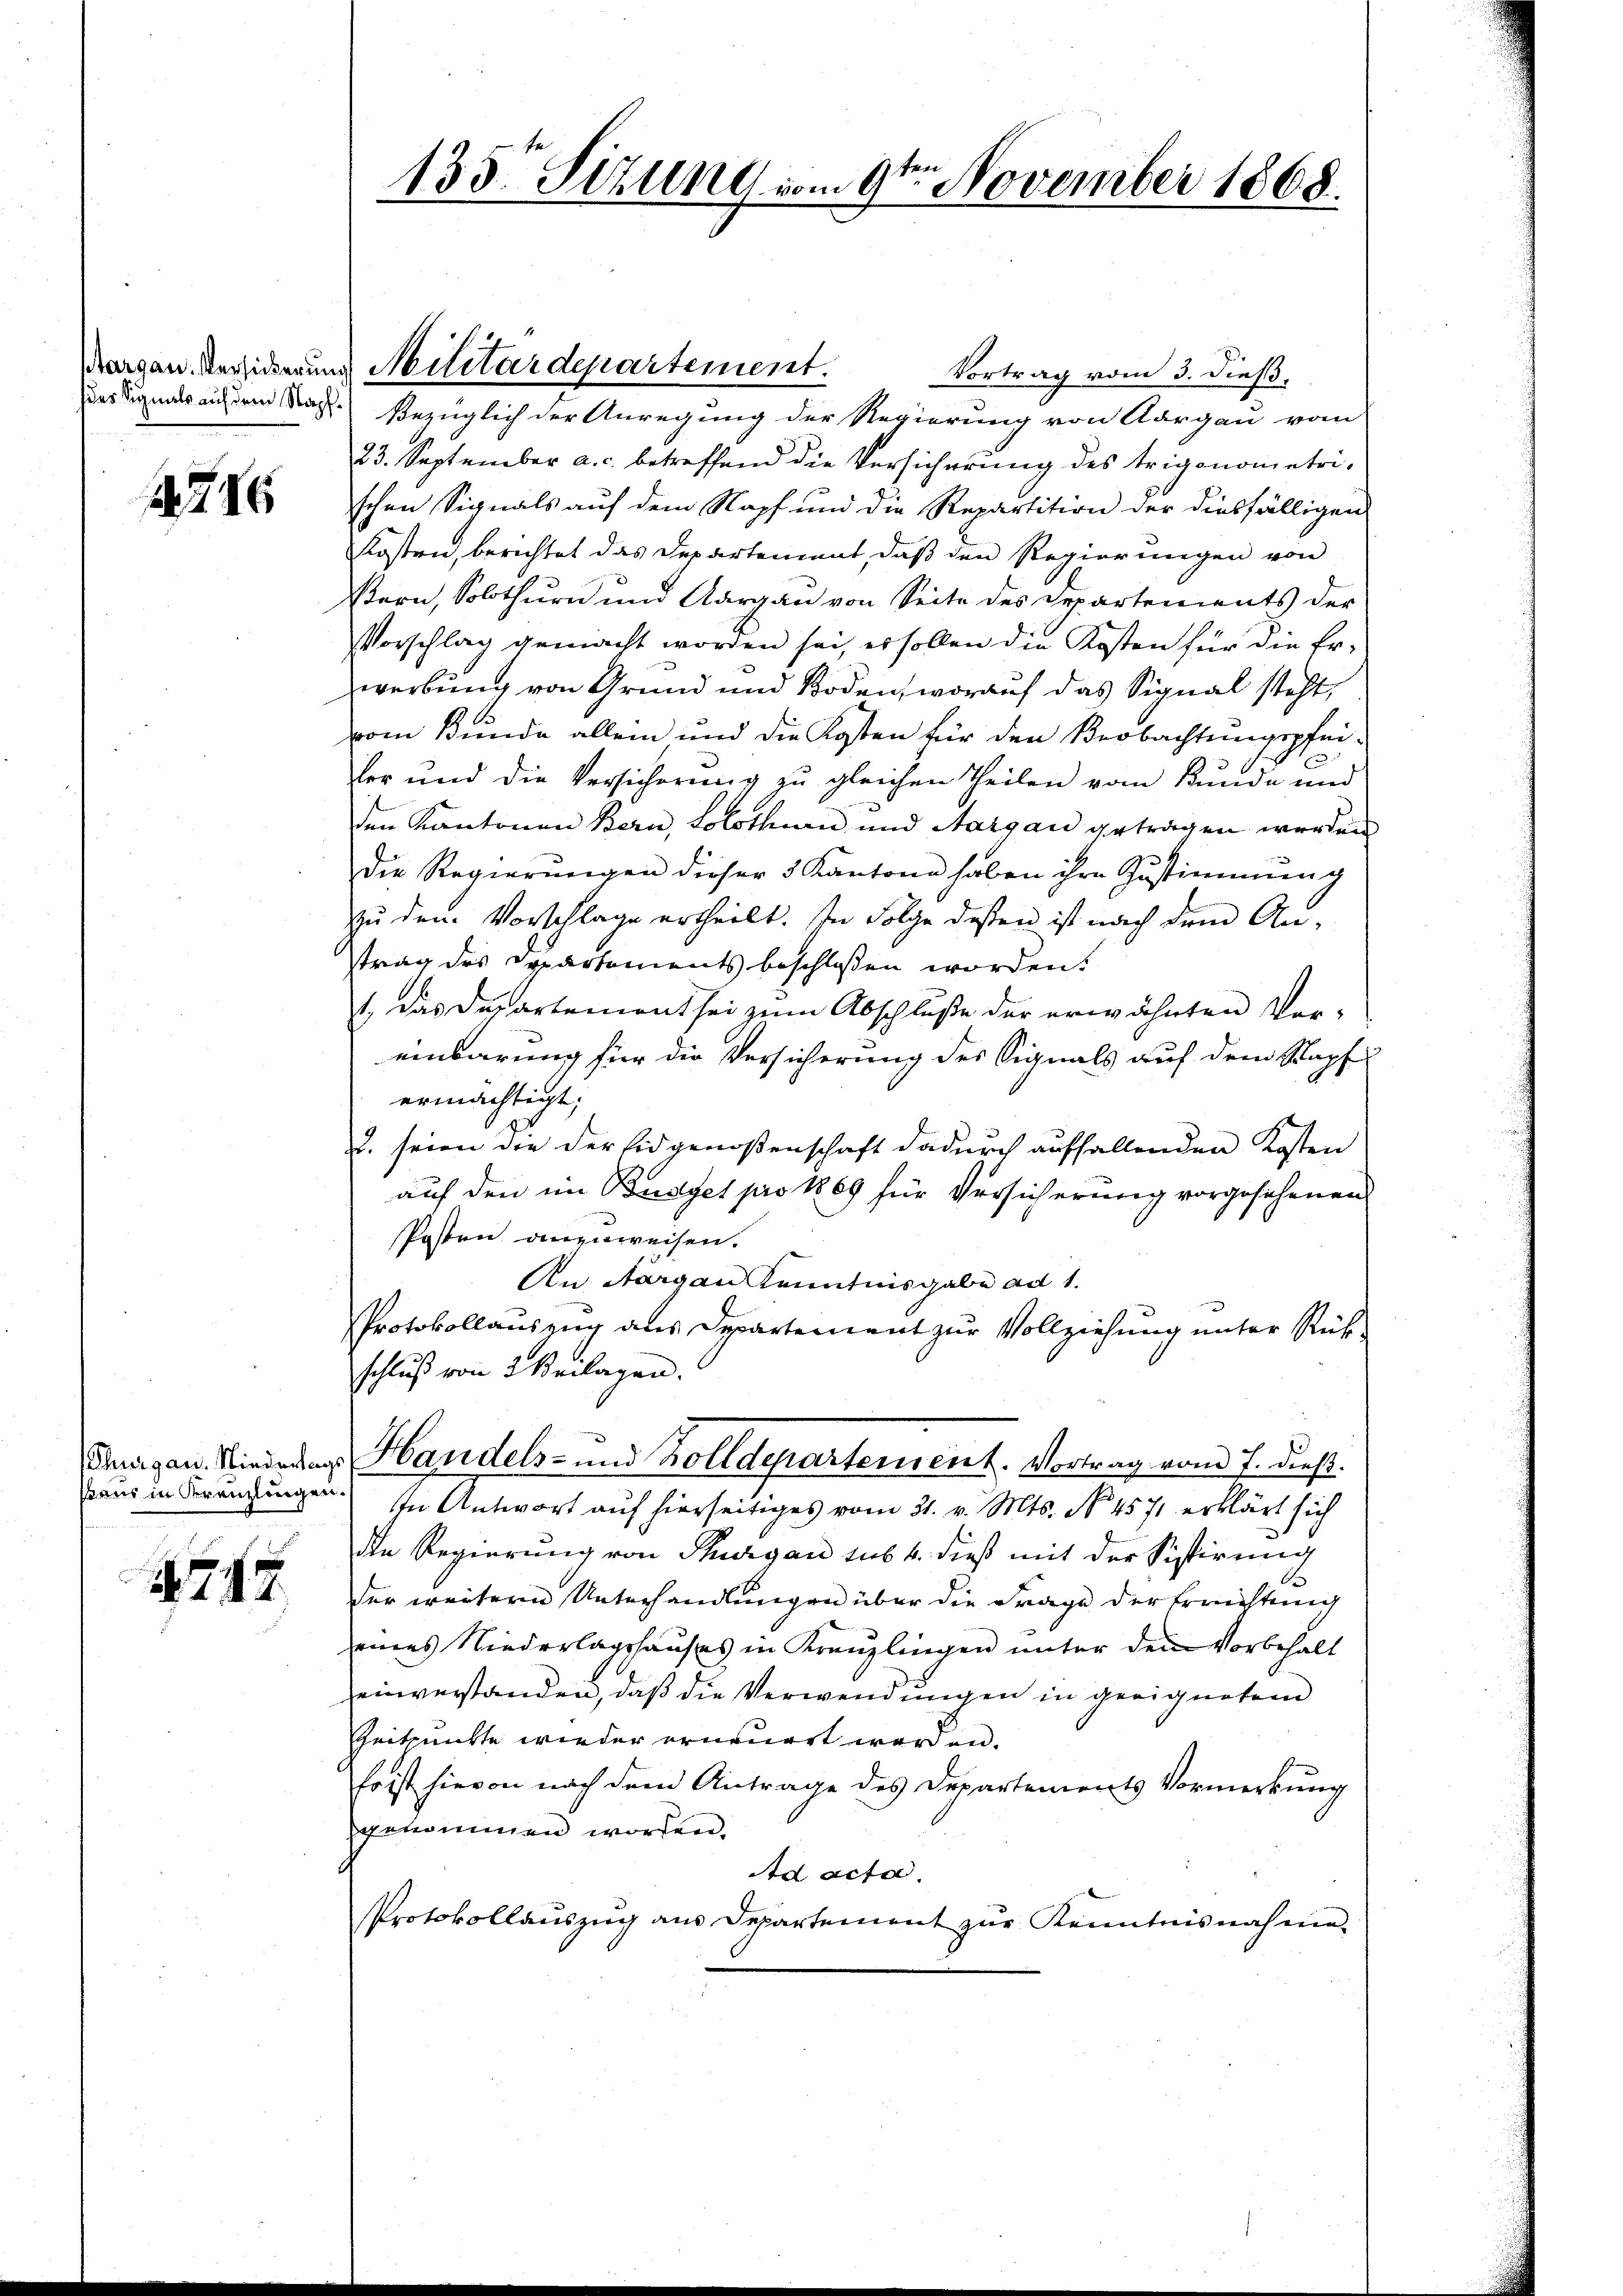
1746

4744.

Vortrag vom 3. dieß,
Das Signals an dem das Bezüglich der Anregung der Regierung von Aargau vom
23. September a.c. betreffend die Versicherung des trigonometrischen Signals auf dem Kopf und die Repartition der diesfälligen
Kosten, berichtet das Departement, daß den Regierungen von
Stern, Solothurn und Aargau von Seite des Departements der
Vorschlag gemacht worden sei, es sollen die Kosten für die Er-
werbung von Grund und Boden, worauf das Signal steht,
vom Bunde allein und die Kosten für den Beobachtungspfei¬
1
Vor und die Versicherung zu gleichen Theilen vom Bunde und
den Kantonen Bern, Solothurn und Aargau getragen werden
die Regierŭngen dieser 5 Kantone haben ihre Zustimmung
zu dem Vorschlage ertheilt. In Folge dessen ist nach dem An-
strag des Departements beschlossen worden.
1, das Departement sei zum Abschluße der erwähnten Ver-
einbarung für die Versicherung des Signals auf dem Stapf
ermächtigt;
2. seien die der Eidgenoßenschaft dadurch auffallenden Kosten
auf den im Budget pro 1869 für Versicherung vorgesehenen
Posten anzuweisen.
An Aargau Kenntnisgabe ad 1.
PProtokollauszug aus Departement zur Vollziehung unter Rückschluß von Beilagen.

135. Sizung vom 9te͇n November 1868.

Margau. Verhiderung Militärdepartement.

Thurgau Niederung Handels- und Zolldepartement. Vortrag vom 7. dieß.

aus in drängungen. In Antwort auf hierseitiges vom 31. v. Mts. No. 4571 erklärt sich
die Regierung von Thurgau sub. 4. dieß mit der Sistirung
der weiteren Unterhandlungen über die Frage der Errichtung
eines Niederlagshauses in Kreuzlingen unter den Vorbehalt
einverstanden, daß die Verwendungen in geeignetem
Zeitpunkte wieder erneuert werden.
o ist hievon nach dem Antrage des Departements Vormerkung
genommen worden.
Ad acta.
Protokollauszug aus Departement zur Kenntnisnahme